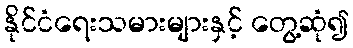
နိုင်ငံရေးသမားများနှင့် တွေ့ဆုံ၍